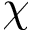
\chi